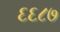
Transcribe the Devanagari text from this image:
६६८७